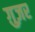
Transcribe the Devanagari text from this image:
ग़ुज़र